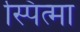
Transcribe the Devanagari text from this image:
स्पित्मा